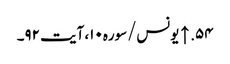
۵۴. ↑ یونس/سوره۱۰، آیت ۹۲۔